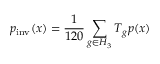
p _ { \mathrm { i n v } } ( x ) = \frac { 1 } { 1 2 0 } \sum _ { g \in H _ { 3 } } T _ { g } p ( x )